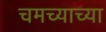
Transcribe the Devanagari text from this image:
चमच्याच्या